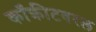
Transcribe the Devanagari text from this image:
काँक्रीटवरल